Lunatic asylums Bombay report 1891-1903 - 1891-1903
Year: 1891
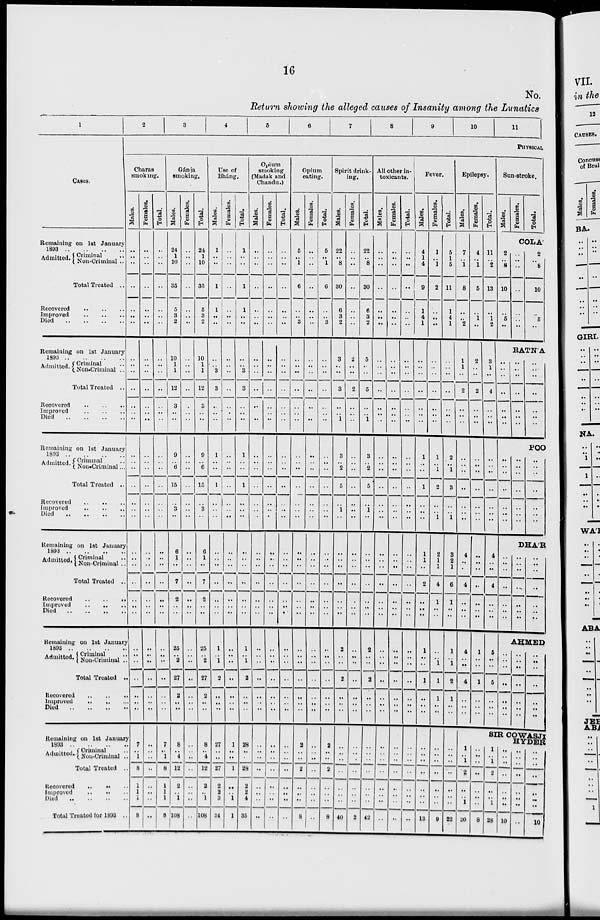
16
No.
Return showing the alleged causes of Insanity among the Lunatics
1
Cases.
Remaining on 1st January
1893 .. .. .. ..
Admitted. Criminal ..
Non-Criminal ..
Total Treated ..
Recovered
..
..
..
Improved
..
..
..
Died
..
..
..
..
Remaining on 1st January
1893
..
..
..
..
Admitted. Criminal ..
Non-Criminal ..
Total Treated ..
Recovered .. .. ..
Improved .. .. ..
Died .. .. .. ..
Remaining on 1st January
1893 .. .. .. ..
Admitted. Criminal ..
Non-Criminal ...
Total Treated ..
Recovered .. .. .. ..
Improved .. .. .. ..
Died .. .. .. ..
Remaining on 1st January
1893 .. .. .. .. ..
Admitted Criminal ..
Non-Criminal ..
Total Treated ..
Recovered .. .. ..
Improved .. .. ..
Died .. .. .. .. ..
Remaining on 1st January
1893
..
..
..
..
Admitted Criminal ..
Non-Criminal ..
Total Treated ..
Recovered .. .. ..
Improved .. .. ..
Died .. .. .. ..
Remaining on 1st January
1893 .. .. .. ..
Admitted Criminal ..
Non-Criminal ..
Total Treated ..
Recovered .. .. ..
Improved .. .. ..
Died
..
..
..
..
Total Treated for 1893 ..
2
3
4
5
6
7
8
9
10
11
PHYSICAL
Charas
smoking.
Males.
..
..
..
..
..
..
..
..
..
..
..
..
..
..
..
..
..
..
..
..
..
..
..
..
..
..
..
..
..
..
..
..
..
..
..
7
..
1
8
1
1
1
8
Females.
..
..
..
..
..
..
..
..
..
..
..
..
..
..
..
..
..
..
..
..
..
..
..
..
..
..
..
..
..
..
..
..
..
..
..
..
..
..
..
..
..
..
..
Total.
..
..
..
..
..
..
..
..
..
..
..
..
..
..
..
..
..
..
..
..
..
..
..
..
..
..
..
..
..
..
..
..
..
..
7
..
1
8
1
1
1
8
Gánja
smoking,
Males.
24
1
10
35
5
3
2
10
1
1
12
3
..
..
9
..
6
15
..
3
..
6
1
..
7
2
..
..
25
..
2
27
2
..
..
8
..
4
12
2
..
1
108
Females.
..
..
..
..
..
..
..
..
..
..
..
..
..
..
..
..
..
..
..
..
..
..
..
..
..
..
..
..
..
..
..
..
..
..
..
..
..
..
..
..
..
..
. .
Total.
24
1
10
35
5
3
2
10
1
1
12
3
..
..
9
..
6
15
..
3
..
6
1
..
7
2
..
..
25
..
2
27
..
..
..
8
..
4
12
2
..
1
108
Use of
Bháng.
Males.
1
..
..
1
1
..
..
..
..
3
3
..
..
..
1
..
..
1
..
..
..
..
..
..
..
..
..
..
1
..
1
2
..
..
..
27
..
..
27
2
2
3
34
Females.
..
..
..
..
..
..
..
..
..
..
..
..
..
..
..
..
..
..
..
..
..
..
..
..
..
..
..
..
..
. .
..
..
..
..
..
1
..
. .
1
..
..
1
1
Total.
1
..
..
1
1
..
..
..
..
3
3
..
..
..
1
..
..
1
..
..
..
..
..
..
..
..
..
..
1
..
1
2
..
..
..
28
..
..
28
2
2
4
35
Opium
smoking
(Madak and
Chandu.)
Males.
..
..
..
..
..
..
..
..
..
..
..
..
..
..
..
..
..
..
..
..
..
..
..
..
..
..
..
..
..
..
..
..
..
..
..
..
..
..
..
..
..
..
..
Females.
..
..
..
..
..
..
..
..
..
..
..
..
..
..
..
..
..
..
..
..
..
..
..
..
..
..
..
..
..
..
..
..
..
..
..
..
..
..
..
..
..
..
..
Total.
.
..
..
..
..
..
..
..
..
..
..
..
..
..
..
..
..
..
..
..
..
..
..
..
..
..
..
..
..
..
..
..
..
..
..
..
..
..
..
..
..
. .
..
..
Opium
eating.
Males.
5
..
1
6
..
..
3
..
..
..
..
..
..
..
..
..
..
..
..
..
..
..
..
..
..
..
..
..
..
..
..
..
..
..
..
2
..
..
2
..
. .
..
8
Females.
..
..
..
..
..
..
..
..
..
..
..
..
..
..
..
..
..
..
..
..
..
..
..
..
..
..
..
..
..
..
..
..
..
..
..
..
..
..
..
..
..
..
..
Total.
5
..
1
6
..
..
3
..
..
..
..
..
..
..
..
..
..
..
..
..
..
..
..
..
..
..
..
..
..
..
..
..
..
..
..
2
..
..
2
..
..
..
8
Spirit drink-
ing.
Males.
22
..
8
30
6
3
2
3
..
..
3
..
.. 1
3
..
2
5
..
1
..
..
..
..
..
..
..
..
2
..
..
2
..
..
..
..
..
. .
..
..
..
..
40
Females.
..
..
..
..
..
..
..
2
..
..
2
..
..
..
..
..
..
..
..
..
..
..
..
..
..
..
..
..
..
. .
..
..
..
..
..
..
..
..
..
..
..
..
2
Total.
22
..
8
30
6
3
2
5
..
..
5
..
..
1
3
..
2
5
..
1
..
..
..
..
..
..
..
..
2
..
..
2
..
..
..
..
..
..
..
..
..
..
42
All other in-
toxicants.
Males.
..
..
..
..
..
..
..
..
..
..
..
..
..
..
..
..
..
..
..
..
..
..
..
..
...
..
..
..
..
. .
..
..
..
..
..
..
..
..
..
..
..
..
Females.
..
..
..
..
..
..
..
..
..
..
..
..
..
..
..
..
..
..
..
..
..
..
..
..
..
..
..
..
..
..
..
..
..
..
..
..
..
. .
..
. .
..
..
..
Total.
..
..
..
..
..
..
..
..
..
..
..
..
..
..
..
..
..
..
..
..
..
..
..
..
..
..
..
..
..
..
..
..
..
..
..
..
..
..
..
..
..
..
..
Fever.
Males.
4
1
4
9
1
4
1
..
..
..
..
..
..
..
1
..
..
1
..
..
..
1
1
..
2
..
..
..
1
..
..
1
..
..
..
..
..
..
..
..
..
..
13
Females.
1
..
1
2
..
..
..
..
..
..
..
..
..
..
1
..
1
2
..
..
1
2
1
1
4
1
..
..
..
..
1
1
1
..
..
..
..
..
..
..
..
..
9
Total.
5
1
5
11
1
4
1
..
..
..
..
..
..
..
2
..
1
3
..
..
1
3
2
1
6
1
..
..
1
..
1
2
1
..
..
..
..
..
..
..
..
..
22
Epilepsy.
Males,
7
..
1
8
..
..
2
1
1
..
2
..
..
..
..
..
..
..
..
..
..
4
..
..
4
..
..
..
4
..
..
4
..
..
..
Females.
4
..
1
5
..
1
..
2
..
..
2
..
..
..
..
..
..
..
..
..
..
..
..
..
..
..
..
..
1
..
..
1
..
..
..
Total.
11
..
2
13
..
1
2
3
1
..
4
..
..
..
..
..
..
..
..
..
..
4
..
..
4
..
..
..
5
..
..
5
..
..
..
Sun-stroke.
Males.
Females.
Total.
COLA'
2
..
8
10
..
5
..
..
..
..
..
..
..
..
2
..
8
10
..
5
..
RATN'A
..
..
..
..
..
..
..
..
..
..
..
..
..
..
..
..
..
. .
..
..
..
..
..
..
..
..
..
..
..
..
..
..
..
..
..
..
..
..
..
..
..
..
POO
..
..
..
..
..
..
..
DHA'R
..
..
..
..
..
..
..
..
..
..
..
..
..
..
AHMED
..
.. . .
..
..
..
..
..
.. . .
..
..
..
..
..
.. ..
..
..
..
..
SIR COWASJI
HYDER
1
..
1
2
..
..
1
20
..
..
..
..
..
..
..
8
1
..
1
2
..
..
1
28
..
. .
..
..
..
. .
..
10
..
. .
. .
..
..
..
..
..
..
..
..
..
..
. .
. .
10